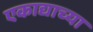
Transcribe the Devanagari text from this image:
एकाद्याच्या